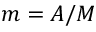
m = A / M